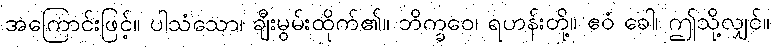
အကြောင်းဖြင့်။ ပါသံသော၊ ချီးမွမ်းထိုက်၏။ ဘိက္ခဝေ၊ ရဟန်းတို့။ ဧဝံ ခေါ၊ ဤသို့လျှင်။